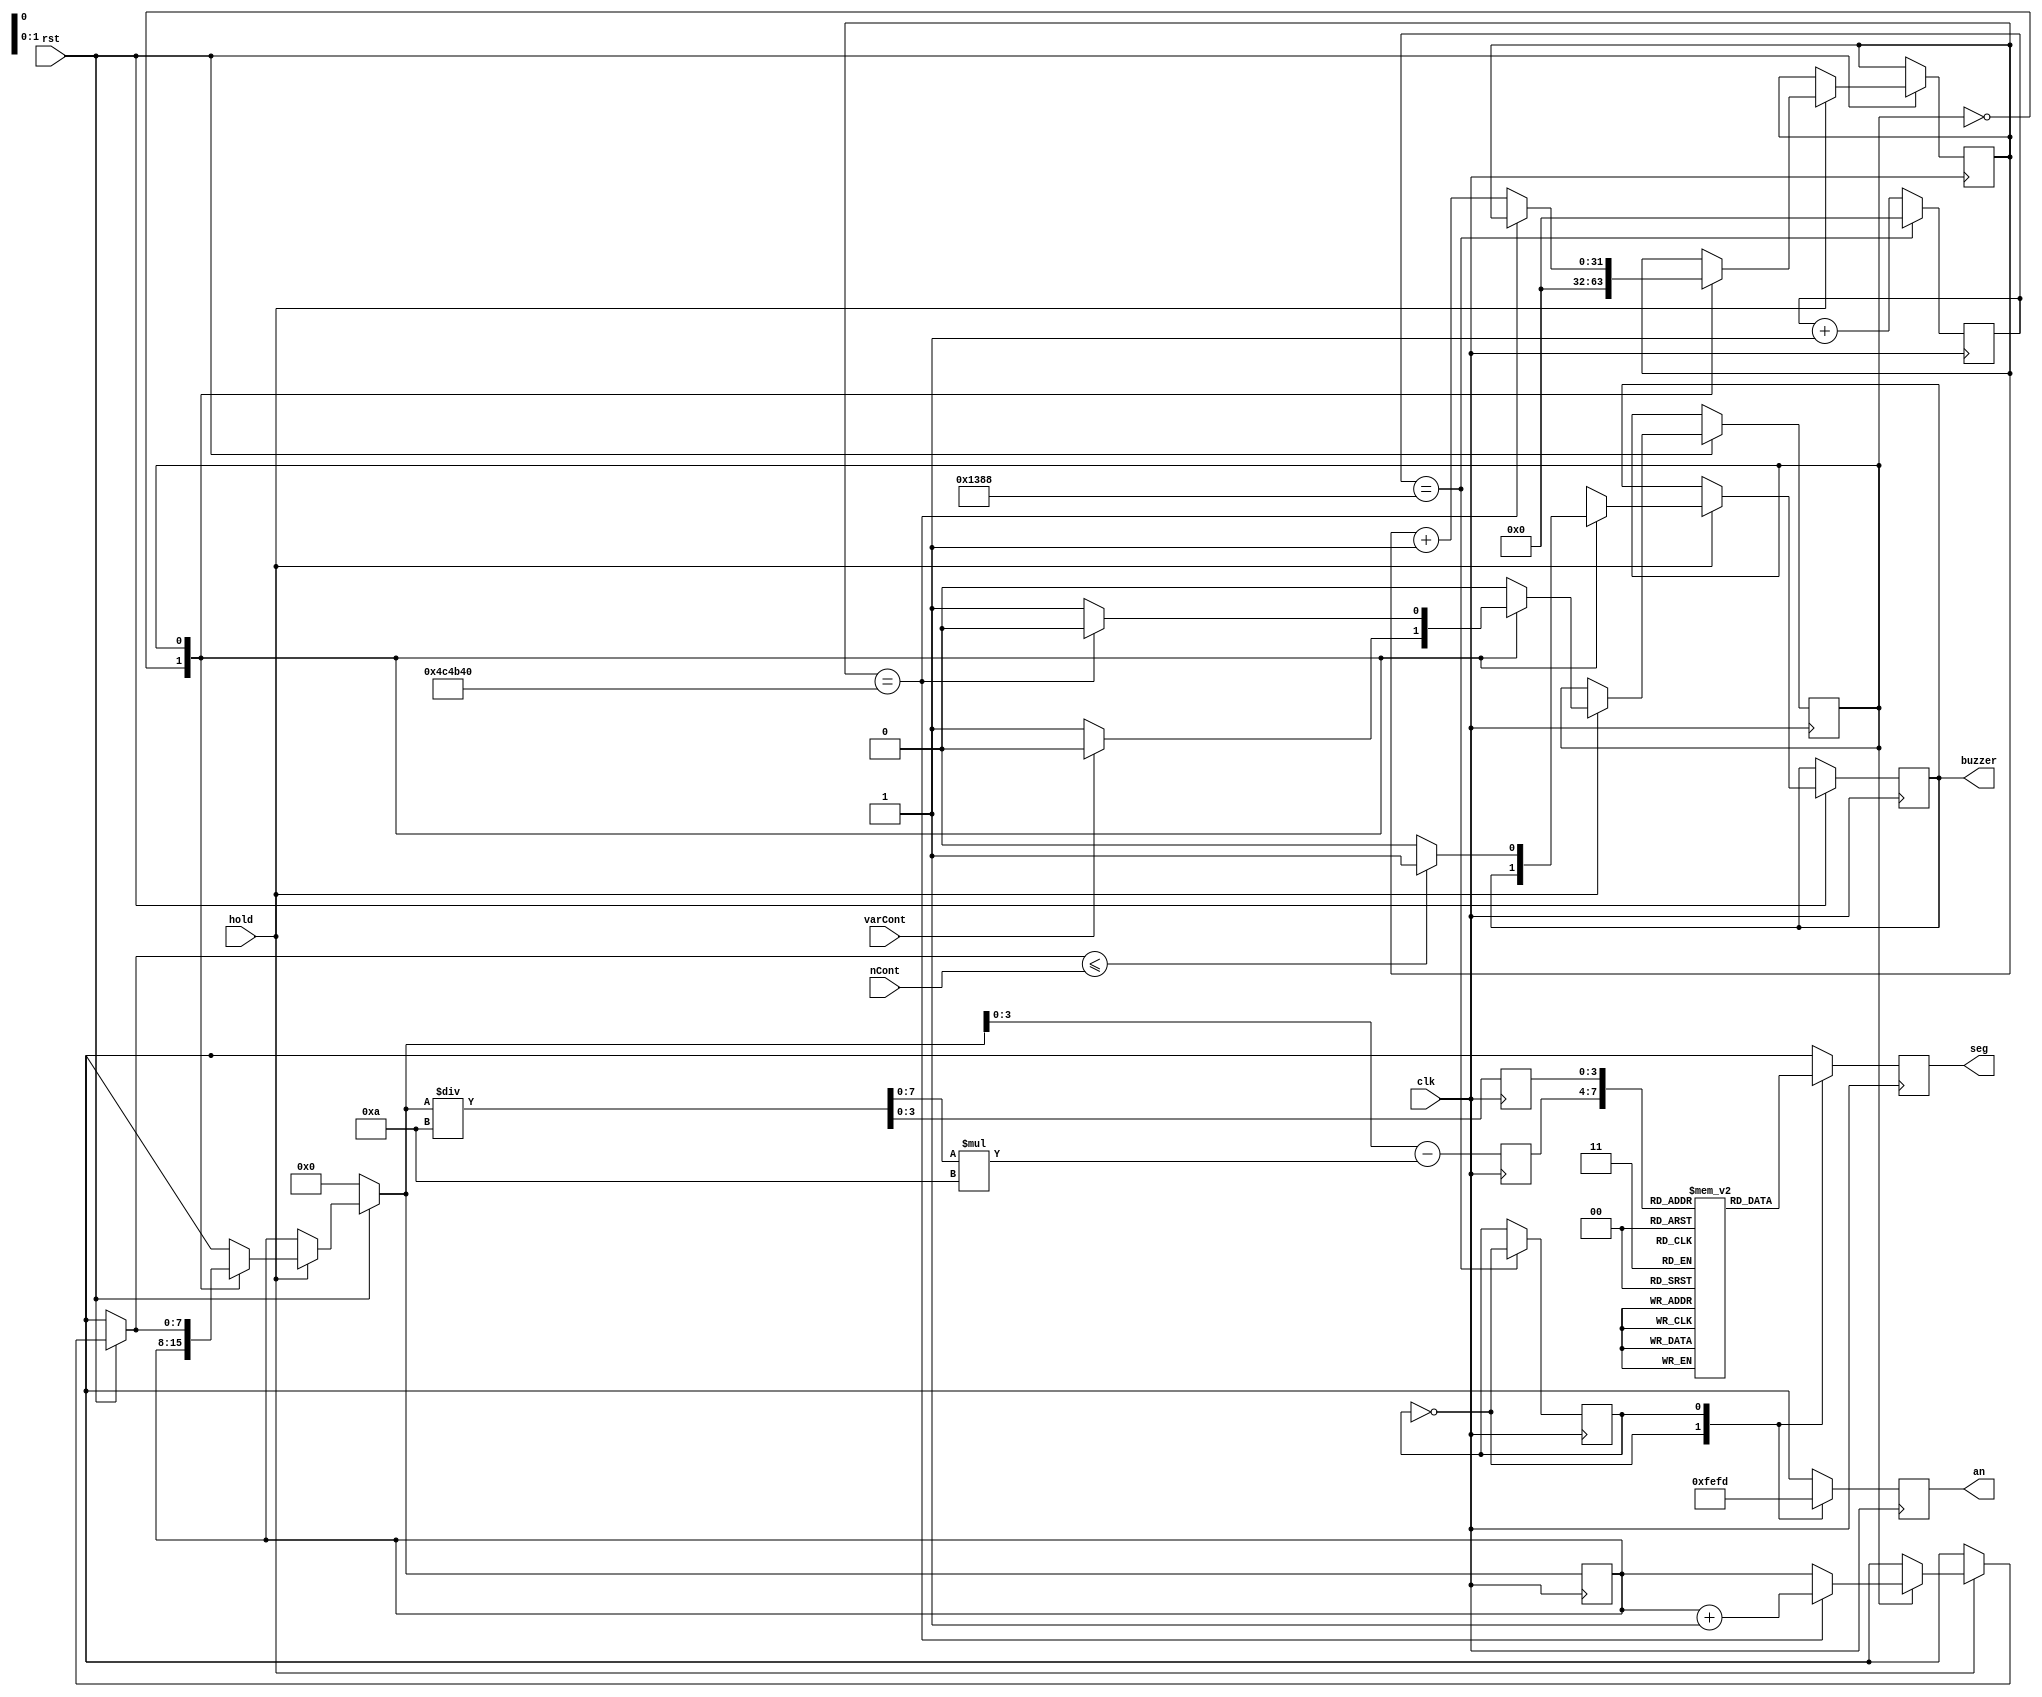
module Contador(
	input clk,	//Seal de reloj 50MHz
	input rst,	//Pulso de reset
	input hold, //Pulso de reten
	input varCont, //Pulso de conteo
	input [7:0]nCont,//Conteo deseado
	output [7:0]an,seg,	//Conf para display
	output buzzer	//Seal de alarma
  );
  
	//Declaracin de registros.
	reg [7:0]data[0:9]; //memoria
	reg [7:0]anodos, segmentos; //Conf display
	reg [7:0]cnt;
	reg [31:0]cont_chEdo;
	reg [7:0]decenas,unidades; //Digitos
	reg ch_Edo; //Cambio de display
	reg beep;	//Seal de sonido
	reg [31:0] cnt_rebote;
	reg edo_rebote;
	//Inicializacin de variables.
	initial begin
		anodos = 0;
		segmentos = 0;
		cnt = 0;
		ch_Edo = 0;
		beep = 1;
		decenas = 0;
		unidades = 0;
		cont_chEdo = 0;
		edo_rebote = 0;
		cnt_rebote = 0;
	end
	//Memoria para conf display
	initial begin
				  //pgfedcba
		data[0] = 8'b11000000; //0
		data[1] = 8'b11111001; //1
		data[2] = 8'b10100100; //2
		data[3] = 8'b10110000; //3.
		data[4] = 8'b10011001; //4
		data[5] = 8'b10010010; //5
		data[6] = 8'b10000011; //6.
		data[7] = 8'b11111000; //7
		data[8] = 8'b10000000; //8
		data[9] = 8'b10011000; //9
	end
	//Bloque de instrucciones para lectura de datos
	always@(posedge clk)begin
		if(rst == 0) cnt = 0;
		else begin
			if(hold == 0) cnt = cnt;	
			else begin
				case(edo_rebote)
					0: begin
						if(varCont == 0) edo_rebote <= 1; 
						cnt_rebote <= 0;
					end
					1: begin  //Tiempo para que se quite el rebote
						if(cnt_rebote == 5_000_000)begin
							edo_rebote <= 0;
							cnt = cnt + 1;
							edo_rebote <= 0;
						end
						else cnt_rebote <= cnt_rebote + 1; 
						
						if(cnt <= nCont) beep = 1;
						else beep = 0;	
					end
				endcase
			end
		end
		decenas = cnt/10;
		unidades = cnt - (decenas * 10);
	end
  
  //Bloque de instrucciones para visualizacion de datos
	always@(posedge clk) begin
		if(cont_chEdo == 50_00)begin
			ch_Edo <= ~ch_Edo;
			cont_chEdo <= 0;
		end
		else cont_chEdo <= cont_chEdo + 1;
		
		case(ch_Edo)
			0: begin
				anodos <= 8'b11111110; 
				segmentos <= data[unidades];
			end
			1: begin
				anodos <= 8'b11111101; 
				segmentos <= data[decenas];
			end
		endcase
	end
	assign an = anodos;
	assign seg = segmentos;
	assign buzzer = beep;
endmodule